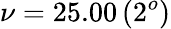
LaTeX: \nu=25.00\, (2^{o})